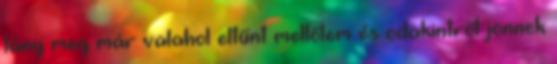
lány meg már valahol eltűnt mellőlem és odakintről jönnek